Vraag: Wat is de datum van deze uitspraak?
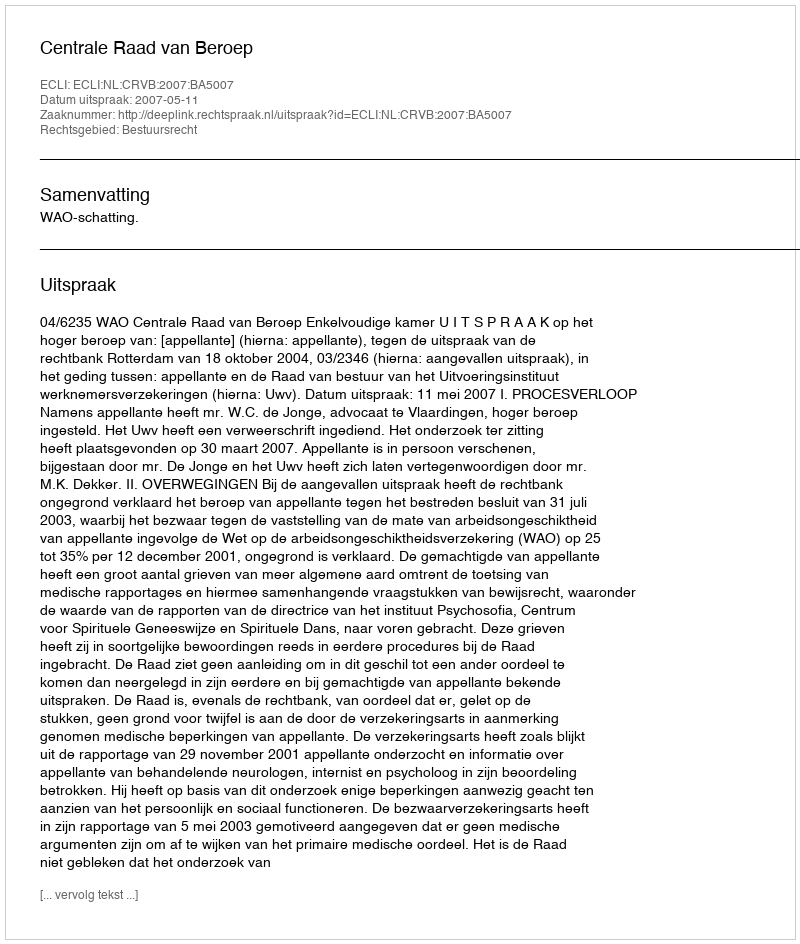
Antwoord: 2007-05-11